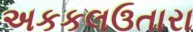
અકકલઉતારા